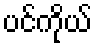
ပင်ကိုယ်